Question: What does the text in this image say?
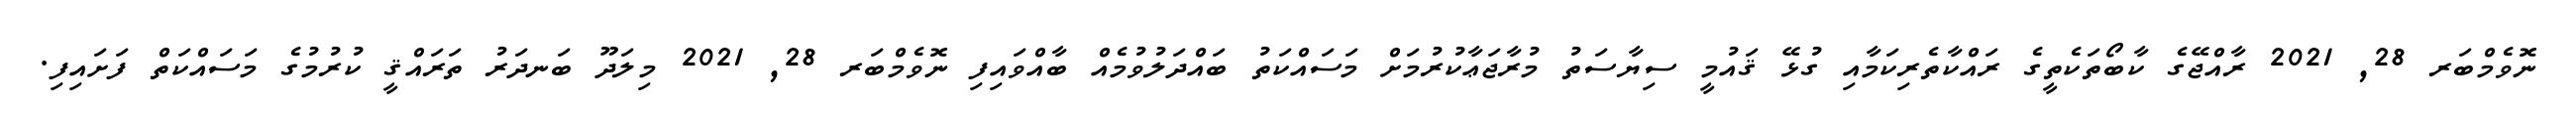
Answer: ނޮވެމްބަރ 28, 2021 ރާއްޖޭގެ ކާބޯތަކެތީގެ ރައްކާތެރިކަމާއި ގުޅޭ ޤައުމީ ސިޔާސަތު މުރާޖަޢާކުރުމަށް މަސައްކަތު ބައްދަލުވުމެއް ބާއްވައިފި ނޮވެމްބަރ 28, 2021 މިލަދޫ ބަނދަރު ތަރައްޤީ ކުރުމުގެ މަސައްކަތް ފަށައިފި.